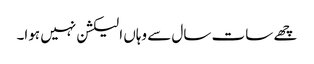
چھے سات سال سے وہاں الیکشن نہیں ہوا۔